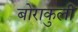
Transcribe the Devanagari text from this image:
बोराकुली